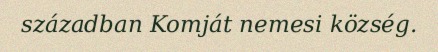
században Komját nemesi község.